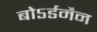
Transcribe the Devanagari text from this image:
बोऽर्डमैन